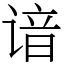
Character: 谙